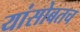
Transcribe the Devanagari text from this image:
यांसोबतच